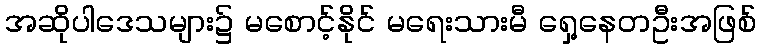
အဆိုပါဒေသများ၌ မစောင့်နိုင် မရေးသားမီ ရှေ့နေတဦးအဖြစ်